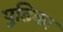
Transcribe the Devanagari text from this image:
पुडिका